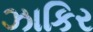
ઝાકિર